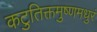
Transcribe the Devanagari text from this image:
कटुतिक्तमुष्णमधुरं